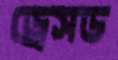
ড্রেসড